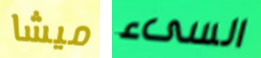
ميشا السىء